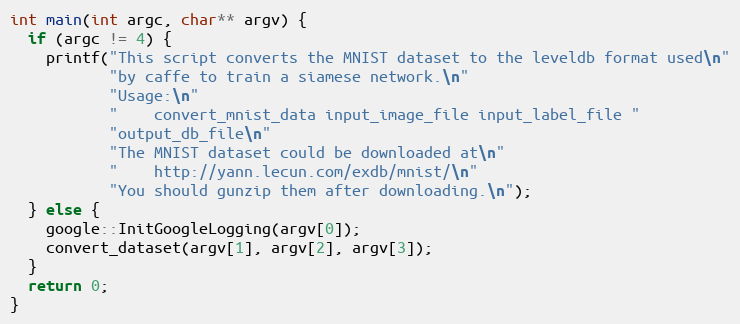
Language: C++
int main(int argc, char** argv) {
  if (argc != 4) {
    printf("This script converts the MNIST dataset to the leveldb format used\n"
           "by caffe to train a siamese network.\n"
           "Usage:\n"
           "    convert_mnist_data input_image_file input_label_file "
           "output_db_file\n"
           "The MNIST dataset could be downloaded at\n"
           "    http://yann.lecun.com/exdb/mnist/\n"
           "You should gunzip them after downloading.\n");
  } else {
    google::InitGoogleLogging(argv[0]);
    convert_dataset(argv[1], argv[2], argv[3]);
  }
  return 0;
}